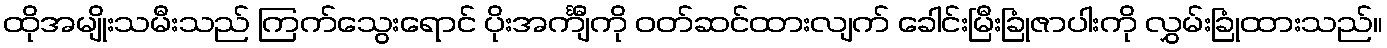
ထိုအမျိုးသမီးသည် ကြက်သွေးရောင် ပိုးအင်္ကျီကို ဝတ်ဆင်ထားလျက် ခေါင်းမြီးခြုံဇာပါးကို လွှမ်းခြုံထားသည်။